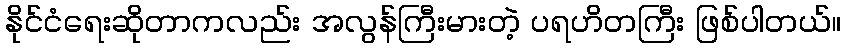
နိုင်ငံရေးဆိုတာကလည်း အလွန်ကြီးမားတဲ့ ပရဟိတကြီး ဖြစ်ပါတယ်။